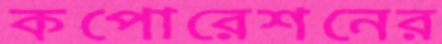
কপোরেশনের